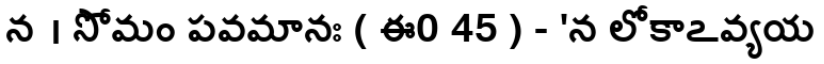
న । సోమం పవమానః ( ఈ0 45 ) - 'న లోకాఽవ్యయ